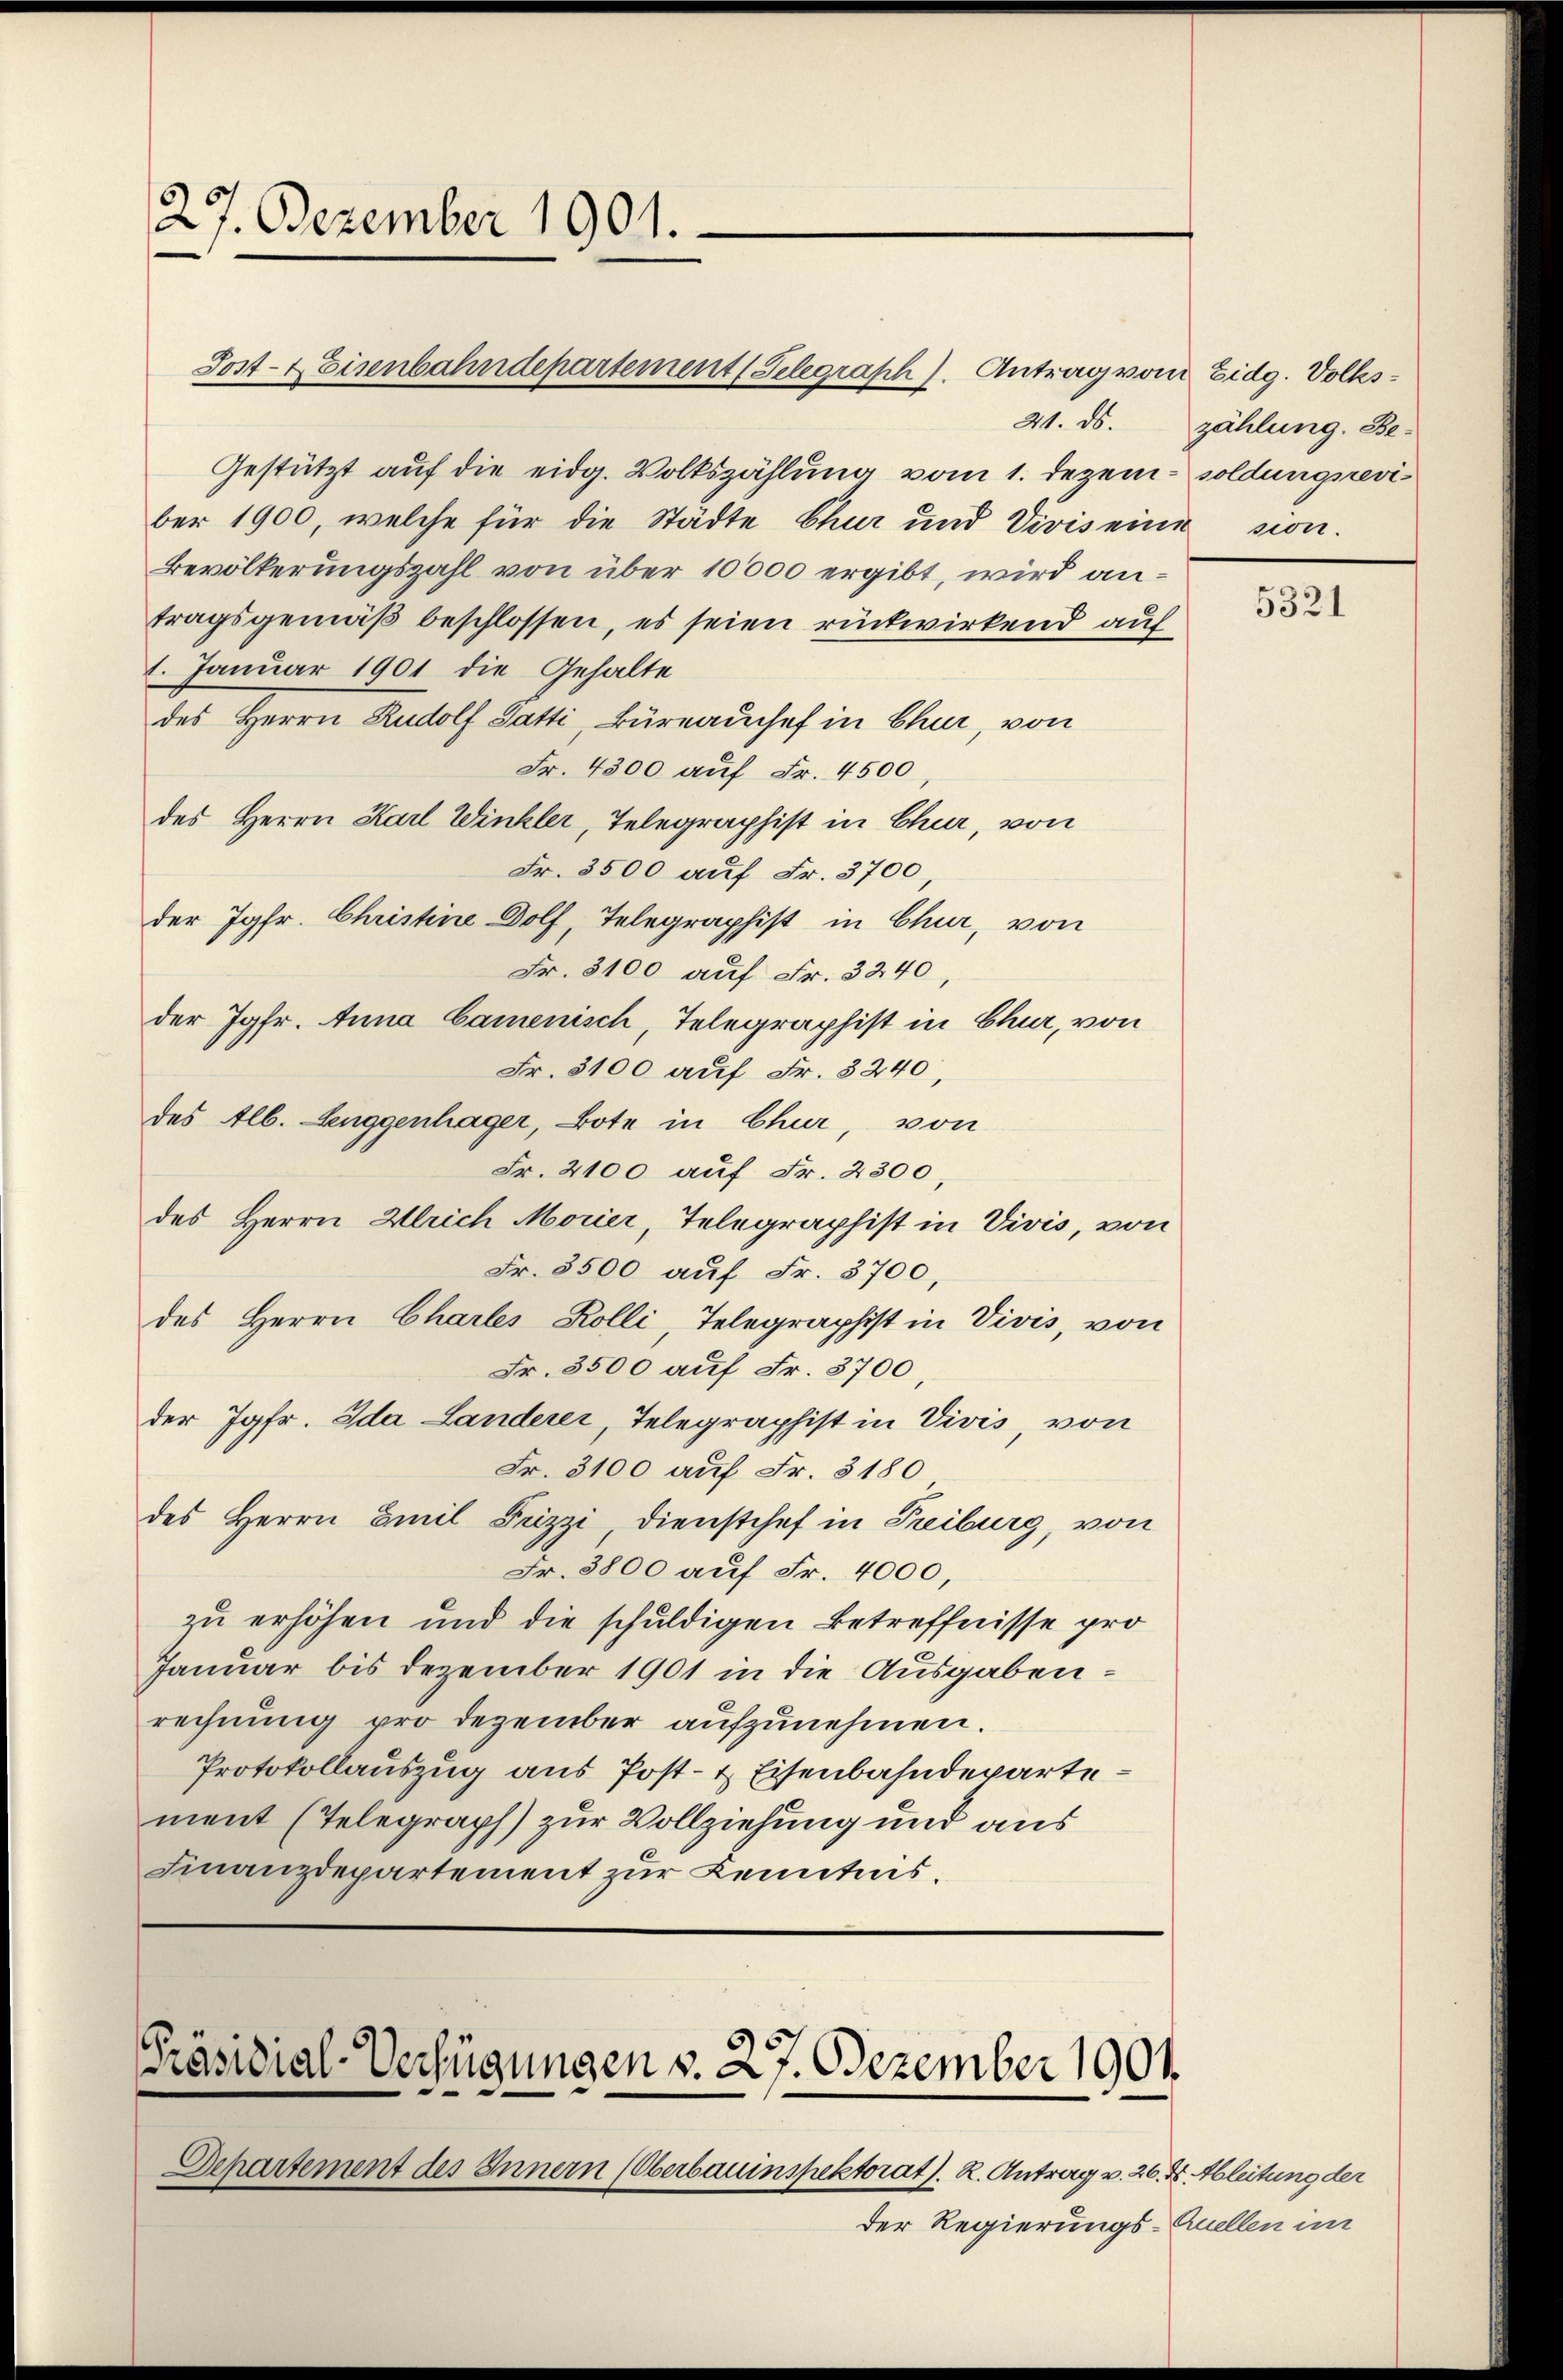
27. Dezember 1901.

Post- & Eisenbahndepartement (Telegraph). Antrag von Eidg. Volks¬
21. ds.
Gestützt auf die eidg. Volkszählung vom 1. Dezem- soldungsreviber 1900, welche für die Städte Chur und Vivis eine sion.
Bevölkerungszahl von über 10000 ergibt, wird antragsgemäß beschlossen, es seien rückwirkend auf
1. Januar 1901 die Gehalte
des Herrn Rudolf Gatti, Büreauschef in Chur, von
Fr. 4300 auf Fr. 4500,
des Herrn Karl Winkler, Telegraphist in Chur, von
Fr. 3500 auf Fr. 3700
der Jgfr. Christine Dolf, Telegraphist in Chur, von
Fr. 3100 auf Fr. 3240,
der Jgfr. Anna Camenisch, Telegraphist in Chur, von
Fr. 3100 auf Fr. 3240,
des Alb. Aeuggenhäger, Bote in Chur, von
Fr. 2100 auf Fr. 2300
des Herrn Ulrich Morier, Telegraphist in Vivis, von
Fr. 3500 auf Fr. 3700,
des Herrn Chartes Kolli, Telegraphist in Vivis, von
Fr. 3500 auf Fr. 3700,
der Jgfr. Ida Landerer, Telegraphist in Vivis, von
Fr. 3100 auf Fr. 3180
des Herrn Emil Frizzi, Dienstchef in Treiburg, von
Fr. 3800 auf Fr. 4000
zu erhöhen und die schuldigen Betreffnisse pro
Januar bis Dezember 1901 in die Ausgabenrechnung pro Dezember aufzunehmen.
Protokollauszug aus Post- & Eisenbahndeparte
ment (Telegraph) zur Vollziehung und aus
Finanzdepartement zur Kenntnis.

Präsidial-Verfügungen v. 27. Dezember 1901.

Departement des Innern (Oberbauinspektorat. R. Antrag v. 26. d. Ableitung der
der Regierungs-Quellen im

zählung. Be¬

5321